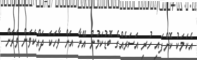
އެކަމަކު ކޮށްފައި ހުރި އަސަރެއްގެ ބޮޑުކަމުން އޭނާ އަށް ވާހަކަ ދައްކަވަން ވަރަށް